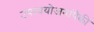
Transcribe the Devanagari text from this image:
उपाययोजनांपैकी